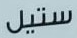
ستيل